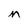
Character: n